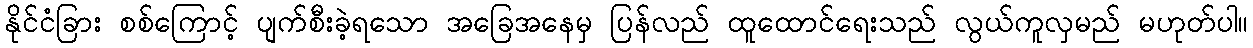
နိုင်ငံခြား စစ်ကြောင့် ပျက်စီးခဲ့ရသော အခြေအနေမှ ပြန်လည် ထူထောင်ရေးသည် လွယ်ကူလှမည် မဟုတ်ပါ။